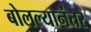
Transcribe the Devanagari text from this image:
बोलल्यानंतर